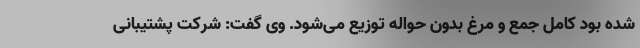
شده بود کامل جمع و مرغ بدون حواله توزیع می‌شود. وی گفت: شرکت پشتیبانی